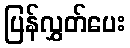
ပြန်လွှတ်ပေး